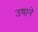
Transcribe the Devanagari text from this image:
उषाने